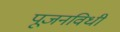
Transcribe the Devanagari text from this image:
पूजनविधी